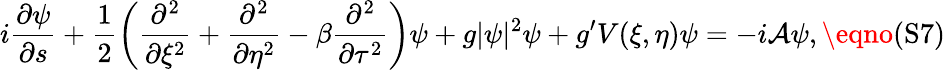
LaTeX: i\frac{\partial\psi}{\partial s}+\frac{1}{2}\left(\frac{\partial^{2}}{\partial\xi^{2}}+\frac{\partial^{2}}{\partial\eta^{2}}-\beta\frac{\partial^{2}}{\partial\tau^{2}}\right)\psi+g|\psi|^{2}\psi+g^{\prime}V(\xi,\eta)\psi=-i\mathcal{A}\psi,\eqno{(\textrm{S7})}